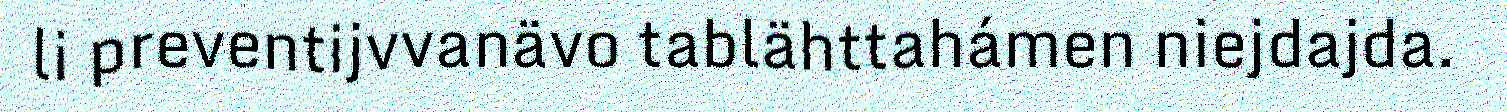
li preventijvvanävo tablähttahámen niejdajda.